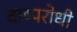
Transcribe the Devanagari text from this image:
वाष्परोधी